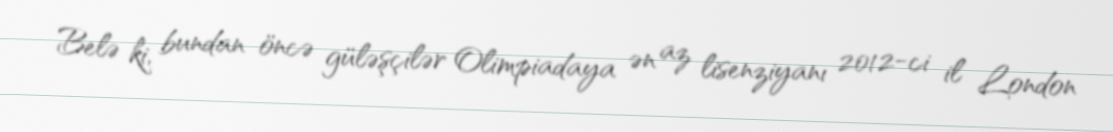
Belə ki, bundan öncə güləşçilər Olimpiadaya ən az lisenziyanı 2012-ci il London